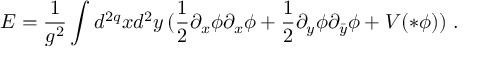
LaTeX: E = \frac { 1 } { g ^ { 2 } } \int d ^ { 2 q } x d ^ { 2 } y \, ( \frac { 1 } { 2 } \partial _ { x } \phi \partial _ { x } \phi + \frac { 1 } { 2 } \partial _ { y } \phi \partial _ { \bar { y } } \phi + V ( * \phi ) ) \, \, .